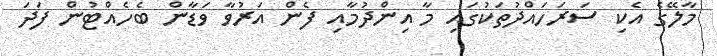
މާލޭގެ އެކި ސަރަހައްދުތަކުގައި މާ އިންދުމާއި ފެން އަރުވާ ވަޑާން ބެހެއްޓުން ފަދަ